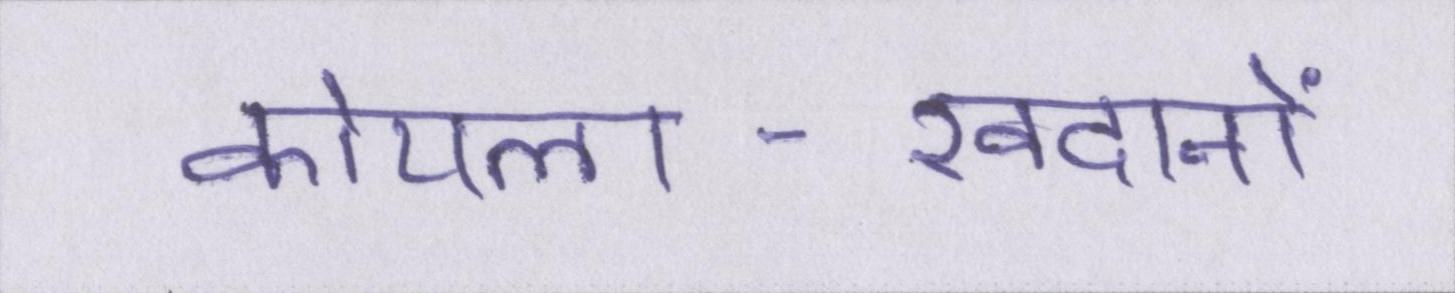
कोयला-खदानों